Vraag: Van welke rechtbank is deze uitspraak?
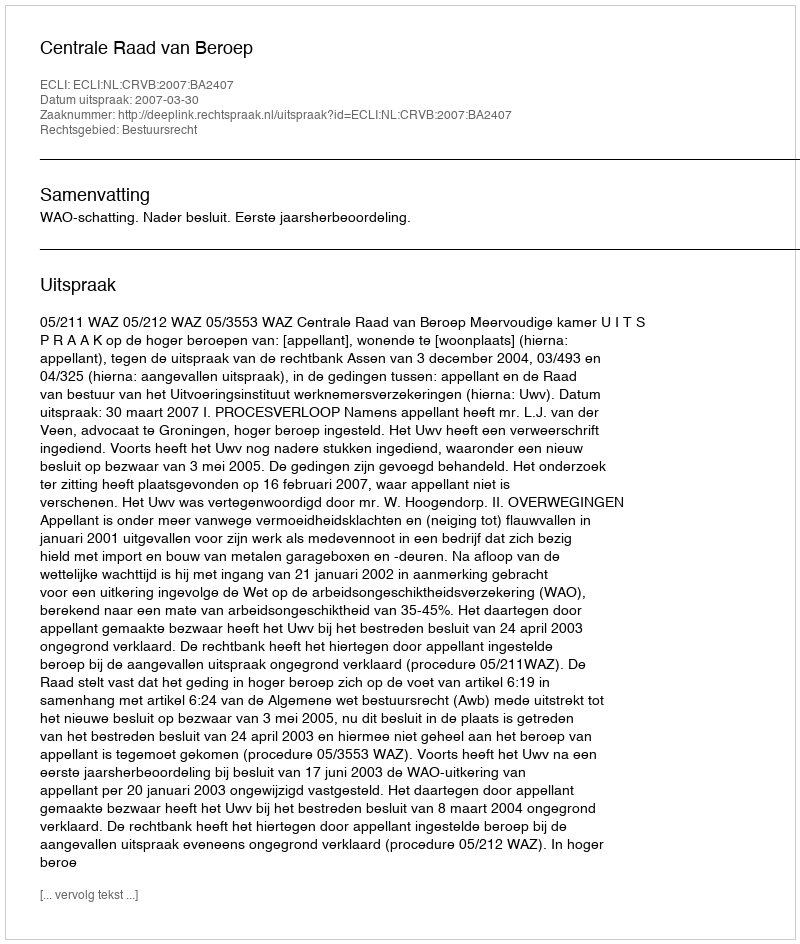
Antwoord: Centrale Raad van Beroep